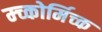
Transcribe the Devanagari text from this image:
म्च्कोर्मिच्क